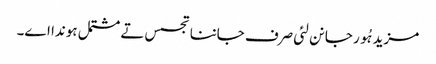
مزید ہُور جانن لئی صرف جاننا تجسس تے مشتمل ہوندا اے۔